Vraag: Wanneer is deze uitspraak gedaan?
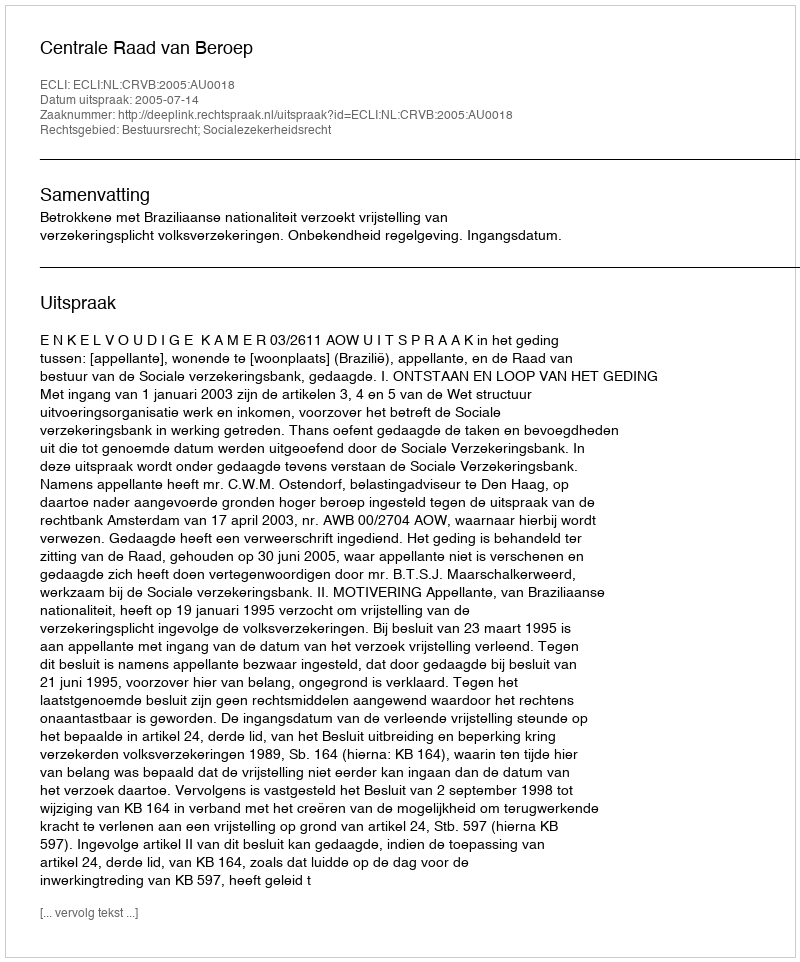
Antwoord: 2005-07-14